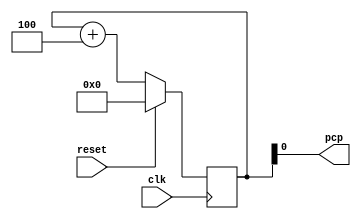
`timescale 1ns / 1ps
//////////////////////////////////////////////////////////////////////////////////
// Company: 
// Engineer: 
// 
// Design Name: 
// Module Name: Counter
// Project Name: 
// Target Devices: 
// Tool Versions: 
// Description: 
// 
// Dependencies: 
// 
// Revision:
// Revision 0.01 - File Created
// Additional Comments:
// 
//////////////////////////////////////////////////////////////////////////////////


module Counter( clk,reset,pcp );

input clk ;
input reset;
output wire   pcp;

reg [31:0]PCF ;

always@(posedge clk) begin
if (reset==1)
    PCF <= 0;
 else begin
 PCF<= PCF +4;
 end 
 end
 assign pcp = PCF ; 


endmodule